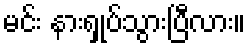
မင်း နားရှုပ်သွားပြီလား။